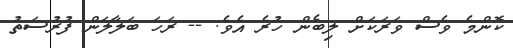
ކޮންމެ ވެސް ވަރަކަށް ލިބެން ހުރެ އެވެ. -- ރަހަ ބަލާލަން ފުރުސަތު